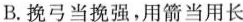
B.挽弓当挽强，用箭当用长